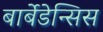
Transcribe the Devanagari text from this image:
बार्बेडेन्सिस